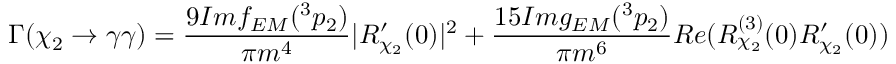
\Gamma ( \chi _ { 2 } \rightarrow \gamma \gamma ) = \frac { 9 I m f _ { E M } ( ^ { 3 } p _ { 2 } ) } { \pi m ^ { 4 } } | R _ { \chi _ { 2 } } ^ { \prime } ( 0 ) | ^ { 2 } + \frac { 1 5 I m g _ { E M } ( ^ { 3 } p _ { 2 } ) } { \pi m ^ { 6 } } R e ( R _ { \chi _ { 2 } } ^ { ( 3 ) } ( 0 ) R _ { \chi _ { 2 } } ^ { \prime } ( 0 ) )